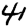
Digit: 4